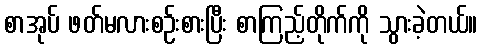
စာအုပ် ဖတ်မလားစဉ်းစားပြီး စာကြည့်တိုက်ကို သွားခဲ့တယ်။